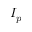
I _ { p }